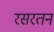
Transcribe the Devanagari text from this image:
रसरतन